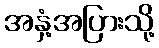
အနှံ့အပြားသို့